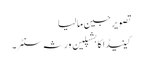
تصویر جین مالیا
کینیڈا کا بشپلین ورثہ سنٹر۔